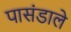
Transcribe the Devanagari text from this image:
पासंडाले